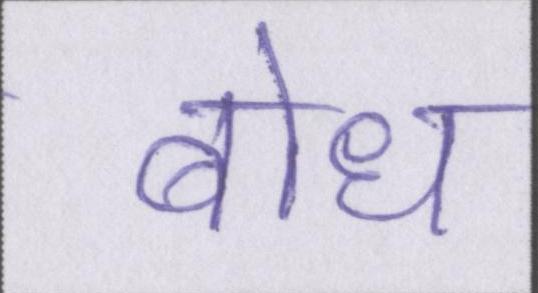
बोध